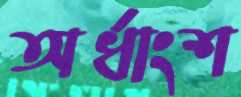
অর্ধাংশ